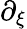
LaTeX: \partial_{\xi}